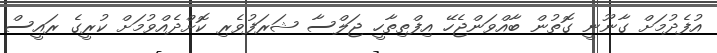
އުފެދުމަށް ގާނޫނީ ގޮތުން ބާއްވަންޖެހޭ އިފްތިތާހީ ޖަލްސާ ޝަރަފުވެރި ކޮށްދެއްވުމަށް ކުރީގެ ރައީސް